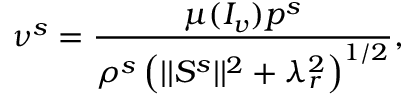
\nu ^ { s } = \frac { \mu ( I _ { v } ) p ^ { s } } { \rho ^ { s } \left( \vert \vert \boldsymbol { S ^ { s } } \vert \vert ^ { 2 } + \lambda _ { r } ^ { 2 } \right) ^ { 1 / 2 } } ,